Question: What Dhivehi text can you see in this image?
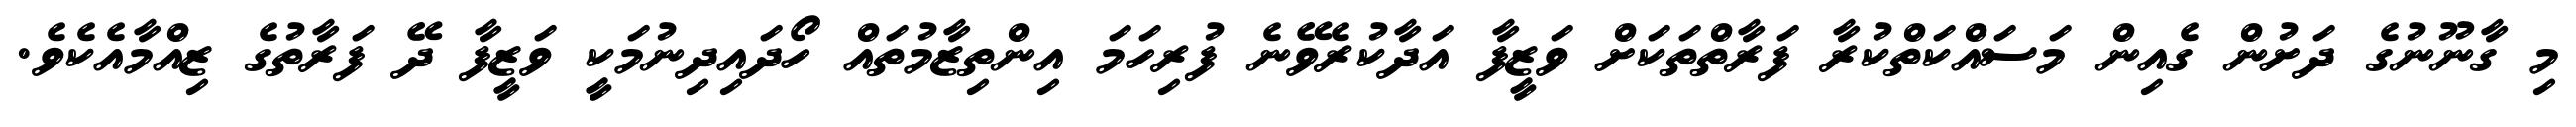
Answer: މި ގާނޫނުގެ ދަށުން ގެއިން މަސައްކަތްކުރާ ފަރާތްތަކަށް ވަޒީފާ އަދާކުރެވޭނެ ފުރިހަމަ އިންތިޒާމުތައް ހޯދައިދިނުމަކީ ވަޒީފާ ދޭ ފަރާތުގެ ޒިއްމާއެކެވެ.